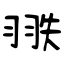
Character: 翐